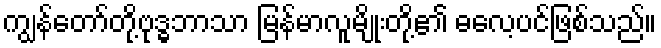
ကျွန်တော်တို့ဗုဒ္ဓဘာသာ မြန်မာလူမျိုးတို့၏ ဓလေ့ပင်ဖြစ်သည်။